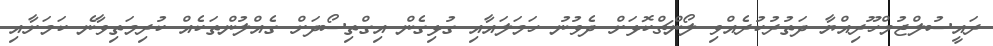
ރައީސުލްޖުމްހޫރިއްޔާ ދަތުރުކުރެއްވި ލޯންޗްކޮޅަށް ދެވުނު ހަމަލައާއި ގުޅިގެން އިގްތިސޯދަށް ގެއްލުންތަކެއް ކުރިމަތިވާނެ ކަމަށާއި